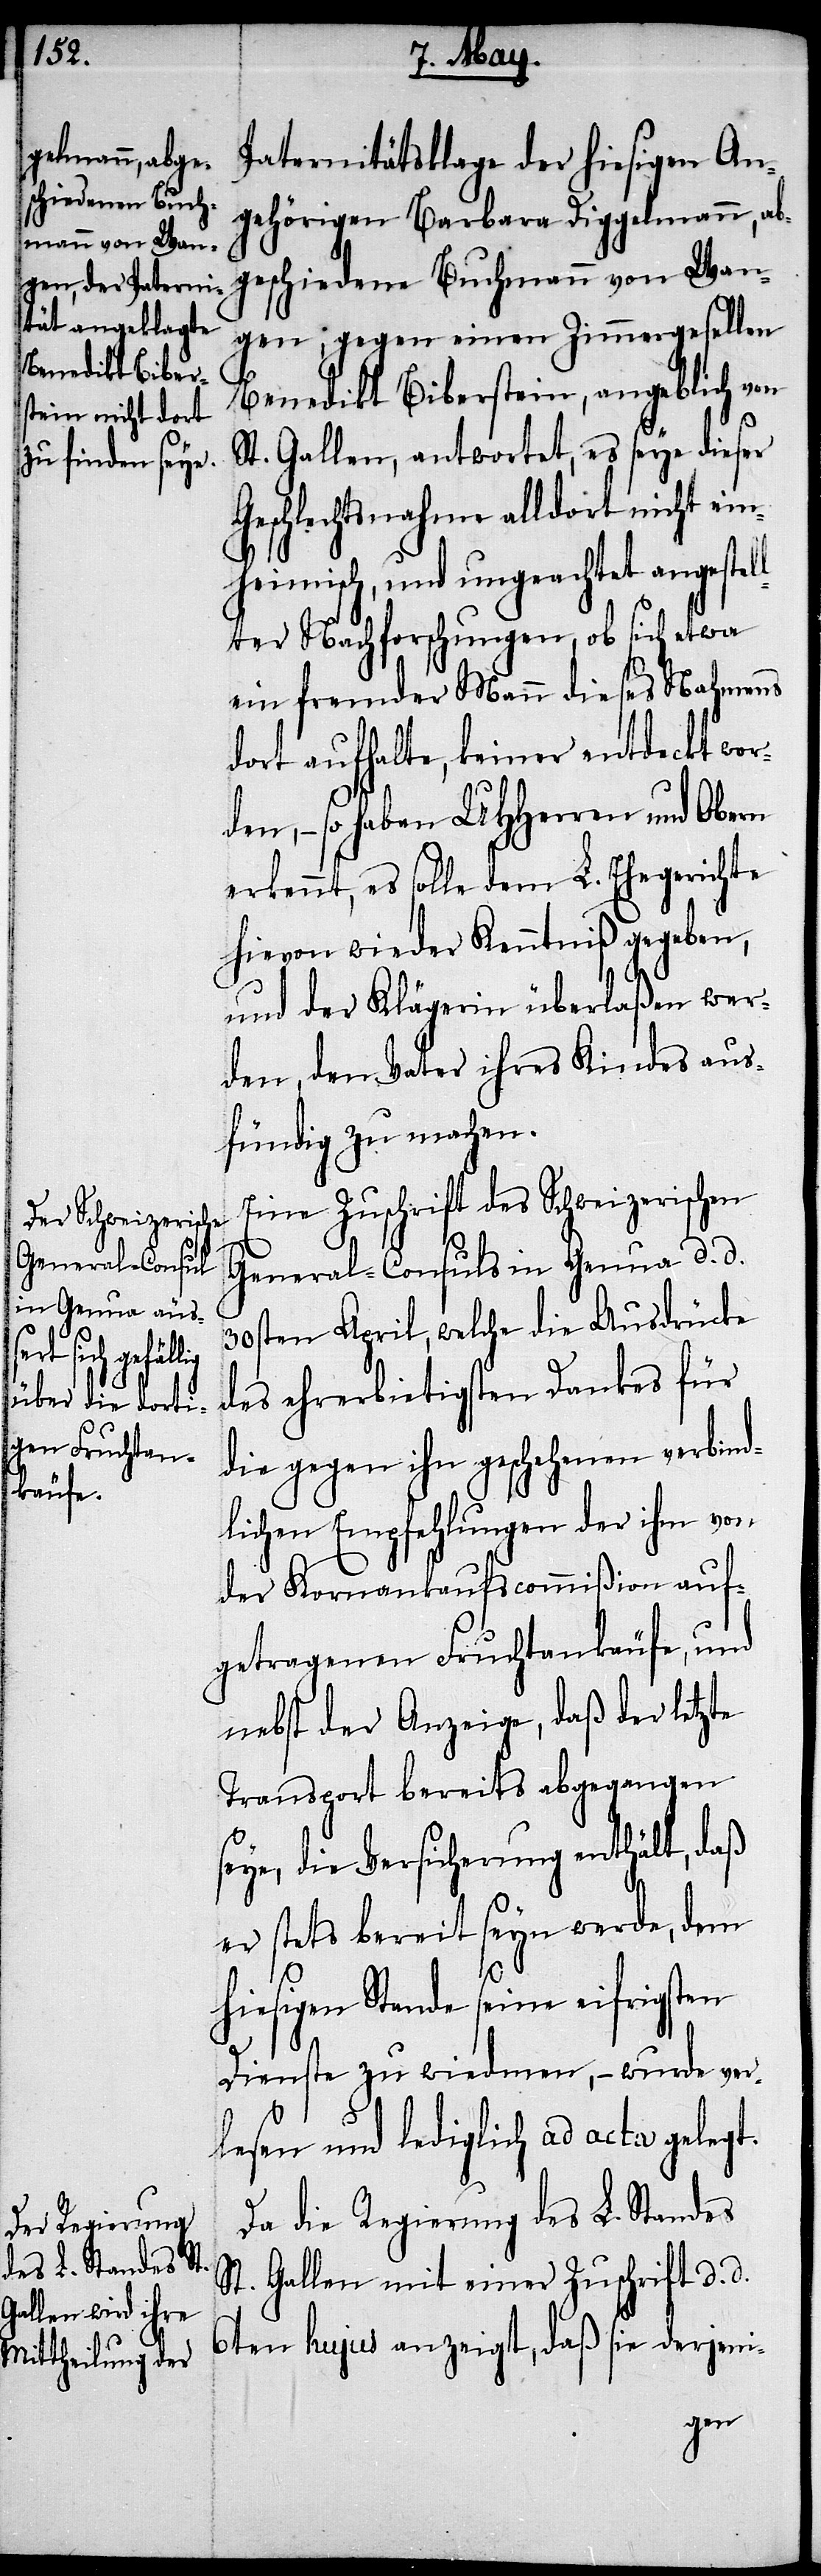
Paternitätsklage der hiesigen An¬
gehörigen Barbara Diggelmann, ab¬
geschiedene Buchmann von Wan¬
gen; gegen einen Zimmergesellen
Benedikt Biberstein, angeblich von
St. Gallen, antwortet, es seye dieser
Geschlechtsnahme alldort nicht ein¬
heimisch, und ungeachtet angestel¬
lter Nachforschungen, ob sich etwa
ein fremder Mann dieses Nahmens
dort aufhalte, keiner entdeckt wor¬
den, – so haben UHHerren und Obern
erkennt, es solle dem L. Ehegerichte
hievon wieder Kenntniß gegeben,
und der Klägerin überlaßen wer¬
den, den Vater ihres Kindes aus¬
fündig zu machen.
Eine Zuschrift des Schweizerischen
General-Consuls in Genua d. d.
30sten April, welche die Ausdrücke
des ehrerbietigsten Dankes für
die gegen ihn geschehenen verbind¬
lichen Empfehlungen der ihm von
der Kornankaufscommißion auf¬
getragenen Fruchtankäufe, und
nebst der Anzeige, daß der letzte
Transport bereits abgegangen
seye, die Versicherung enthält, daß
er stets bereit seyn werde, dem
hiesigen Stande seine eifrigsten
Dienste zu wiedmen, – wurde ver¬
lesen und lediglich ad acta gelegt.
Da die Regierung des L. Standes
St. Gallen mit einer Zuschrift d. d.
6ten hujus anzeigt, daß sie derjeni-